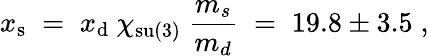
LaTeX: x_{\mathrm{s}}\; =\; x_{\mathrm{d}}~\chi_{\mathrm{su(3)}}~\frac{m_{s}}{m_{d}}\; =\; 19.8\pm 3.5\; ,